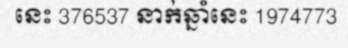
នេះ 376537 នាក់ឆ្នាំនេះ 1974773